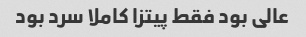
عالی بود فقط پیتزا کاملا سرد بود